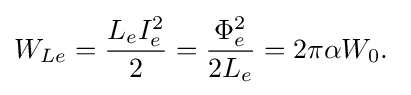
W_{Le}={\frac {L_{e}I_{e}^{2}}{2}}={\frac {\Phi _{e}^{2}}{2L_{e}}}=2\pi \alpha W_{0}.\